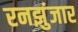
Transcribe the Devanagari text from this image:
रनझुंजार